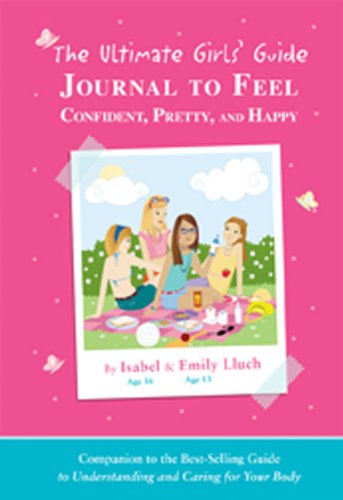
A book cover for The Ultimate Girls' Guide Journal to Feel Confident, Pretty and Happy; Isabel B. Lluch; Teen & Young Adult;